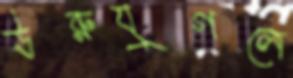
ঊরুযুগলে